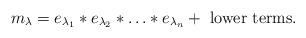
LaTeX: \begin{align*}m_\lambda=e_{\lambda_{1}}*e_{\lambda_2}*\ldots *e_{\lambda_n} + \mbox{ lower terms}.\end{align*}